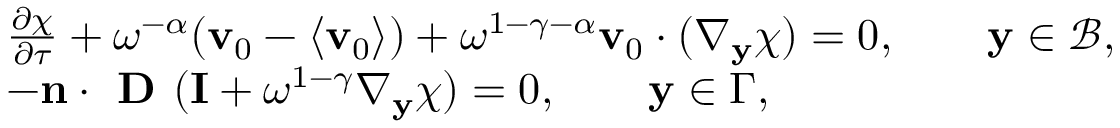
\begin{array} { r l } & { \frac { \partial \chi } { \partial \tau } + \omega ^ { - \alpha } ( \mathbf v _ { 0 } - \langle \mathbf v _ { 0 } \rangle ) + \omega ^ { 1 - \gamma - \alpha } \mathbf v _ { 0 } \cdot ( \nabla _ { \mathbf y } \boldsymbol { \chi } ) = 0 , \qquad \mathbf y \in \mathcal B , } \\ & { - \mathbf n \cdot \textbf { D } ( \mathbf I + \omega ^ { 1 - \gamma } \nabla _ { \mathbf y } \boldsymbol { \chi } ) = 0 , \qquad \mathbf y \in { \Gamma } , } \end{array}